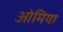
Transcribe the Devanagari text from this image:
ओमिया